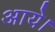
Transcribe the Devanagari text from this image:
अाये।